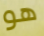
هو